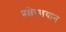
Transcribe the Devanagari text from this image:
प्रक्षेपणयान